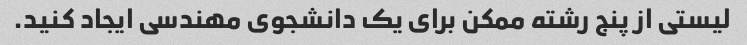
لیستی از پنج رشته ممکن برای یک دانشجوی مهندسی ایجاد کنید.